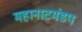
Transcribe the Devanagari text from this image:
महानाटमंडप